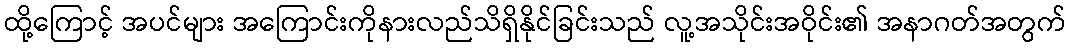
ထို့ကြောင့် အပင်များ အကြောင်းကိုနားလည်သိရှိနိုင်ခြင်းသည် လူ့အသိုင်းအဝိုင်း၏ အနာဂတ်အတွက်